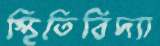
স্থিতিবিদ্যা